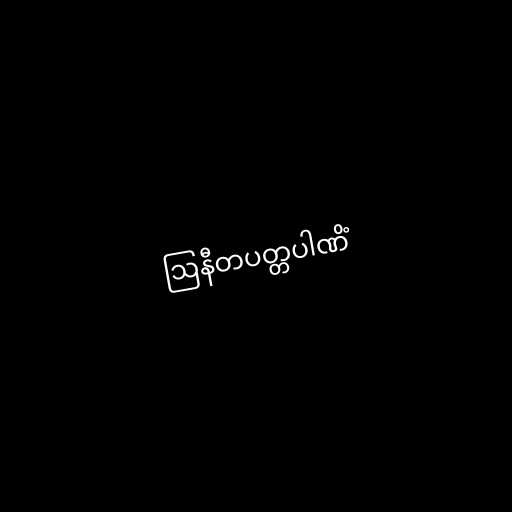
ဩနီတပတ္တပါဏိံ